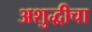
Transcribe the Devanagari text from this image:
अशुद्धीचा